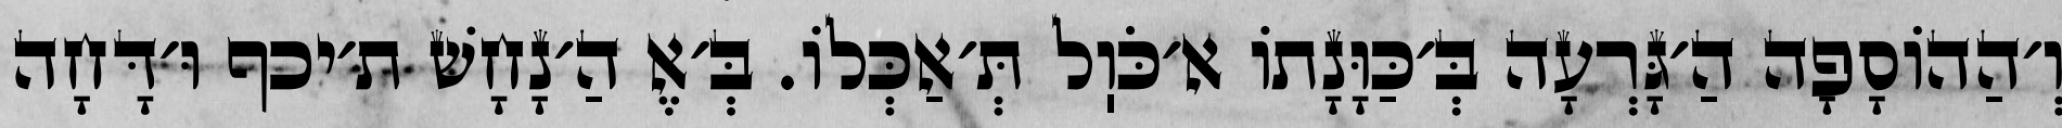
וְ׳הַהוֹסָפָה הַ׳גָּרְעָה בְּ׳כַּוָּנָתוֹ א׳כֹּוֽל תְּ׳אַכְּלוֹ. בְּ׳אֶ הַ׳נָחָשׁ ת׳יכף וּ׳דָּחָה